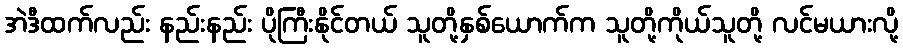
အဲဒီထက်လည်း နည်းနည်း ပိုကြီးနိုင်တယ် သူတို့နှစ်ယောက်က သူတို့ကိုယ်သူတို့ လင်မယားလို့